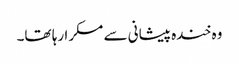
وہ خندہ پیشانی سے مسکرا رہا تھا۔